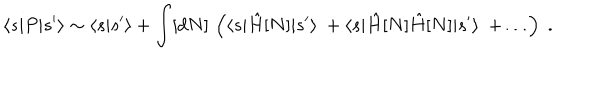
\langle s | P | s ^ { \prime } \rangle \sim \langle s | s ^ { \prime } \rangle + \int [ d N ] \, \left( \langle s | \hat { H } [ N ] | s ^ { \prime } \rangle \ + \langle s | \hat { H } [ N ] \hat { H } [ N ] | s ^ { \prime } \rangle \ + \ldots \right) \; .